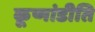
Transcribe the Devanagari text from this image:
कूष्मांडीति